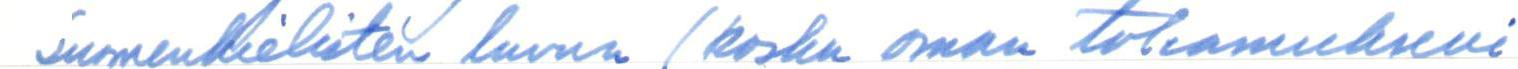
Suomenkielisten luvun (koska oman toteamukseni